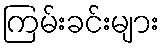
ကြမ်းခင်းများ